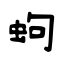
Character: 蚼